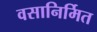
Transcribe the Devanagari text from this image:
वसानिर्मित